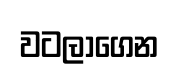
වටලාගෙන